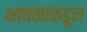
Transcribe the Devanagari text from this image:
भाषकांकडून